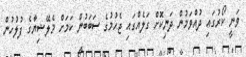
ވަނީ ކޯރުގައި ދުއްވަމުން ދަނިކޮށް ގަލެއްގައި ޖެހުމުގެ ސަބަބުން ކަަމަށް މެލޭޝިޔާގެ ފުލުހުން